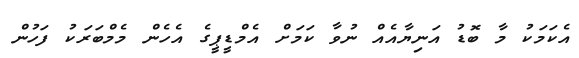
އެކަމަކު މާ ބޮޑު އަނިޔާއެއް ނުވާ ކަމަށް އެމްޑީޕީގެ އެހެން މެމްބަރަކު ފަހުން